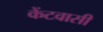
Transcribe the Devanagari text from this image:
केंटवासी